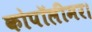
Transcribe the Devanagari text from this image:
कोपॉलीमर।